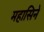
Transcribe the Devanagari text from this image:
महासिने